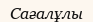
Сағалұлы